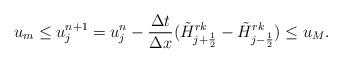
LaTeX: \begin{align*}u_m\le u^{n+1}_j=u^{n}_j-\frac{\Delta t}{\Delta x} (\tilde H^{rk}_{j+\frac12}-\tilde H^{rk}_{j-\frac12})\le u_M.\end{align*}